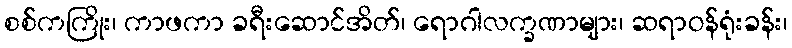
စစ်ကကြိုး၊ ကာဖကာ ခရီးဆောင်အိတ်၊ ရောဂါလက္ခဏာများ၊ ဆရာဝန်ရုံးခန်း၊